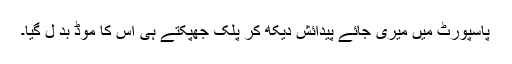
پاسپورٹ میں میری جائے پیدائش دیکھ کر پلک جھپکتے ہی اس کا موڈ بد ل گیا۔